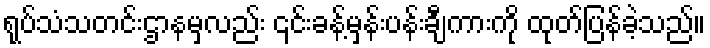
ရုပ်သံသတင်းဌာနမှလည်း ၎င်းခန့်မှန်းပန်းချီကားကို ထုတ်ပြန်ခဲ့သည်။